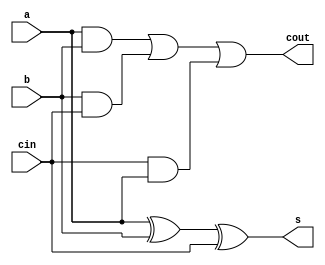
`timescale 1ns / 1ps
//////////////////////////////////////////////////////////////////////////////////
// Company: 
// Engineer: 
// 
// Design Name: 
// Module Name: fa_data
// Project Name: 
// Target Devices: 
// Tool Versions: 
// Description: 
// 
// Dependencies: 
// 
// Revision:
// Revision 0.01 - File Created
// Additional Comments:
// 
//////////////////////////////////////////////////////////////////////////////////


module fa_data(
    input a,b,cin,
    output s,cout
    );
    assign s=a^b^cin;
    assign cout=(a&b)|(b&cin)|(cin&a);
endmodule